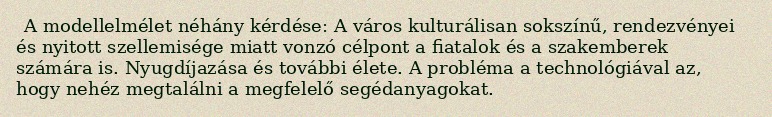
A modellelmélet néhány kérdése: A város kulturálisan sokszínű, rendezvényei és nyitott szellemisége miatt vonzó célpont a fiatalok és a szakemberek számára is. Nyugdíjazása és további élete. A probléma a technológiával az, hogy nehéz megtalálni a megfelelő segédanyagokat.